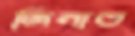
জিনাত